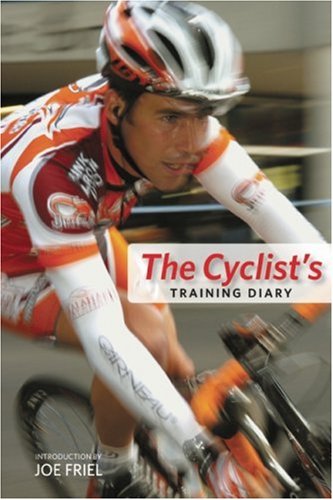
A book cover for The Cyclist's Training Diary; Sports & Outdoors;